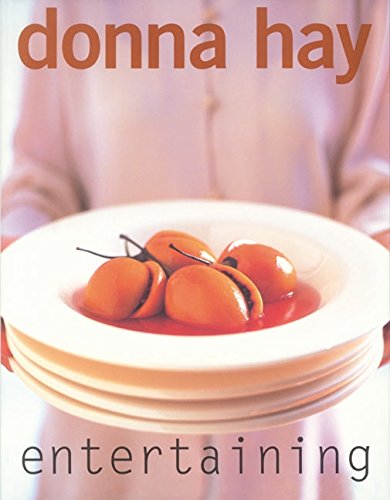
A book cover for Entertaining; Donna Hay; Cookbooks, Food & Wine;